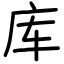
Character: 库